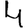
Digit: 4